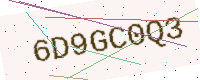
Text: 6D9GC0Q3